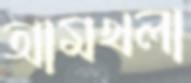
আমখলা